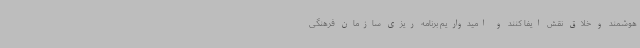
هوشمند و خلاق نقش ایفا کنند و امیدواریم برنامه ریزی سازمان فرهنگی